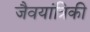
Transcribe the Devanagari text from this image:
जैवयांत्रिकी